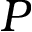
P